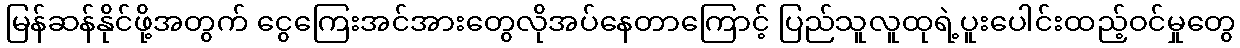
မြန်ဆန်နိုင်ဖို့အတွက် ငွေကြေးအင်အားတွေလိုအပ်နေတာကြောင့် ပြည်သူလူထုရဲ့ပူးပေါင်းထည့်ဝင်မှုတွေ